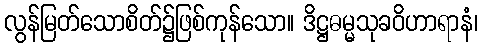
လွန်မြတ်သောစိတ်၌ဖြစ်ကုန်သော။ ဒိဋ္ဌဓမ္မသုခဝိဟာရာနံ၊